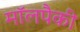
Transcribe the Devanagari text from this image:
मॉलपैकी